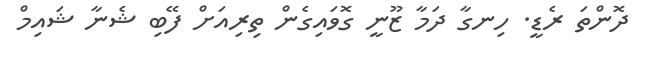
ދޮންތަ ރެޑީ. ހިނގާ ދަމާ ޒޫނީ ގޮވައިގެން ތިރިއަށް ފޭބި ޝެނާ ޝައިމް